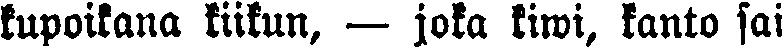
kupoikana kiikun, — jota kiwi, kanto sai